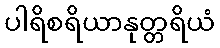
ပါရိစရိယာနုတ္တရိယံ